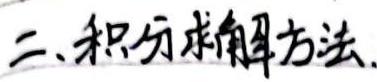
二、积分求解方法.